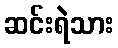
ဆင်းရဲသား